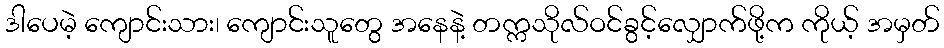
ဒါပေမဲ့ ကျောင်းသား၊ ကျောင်းသူတွေ အနေနဲ့ တက္ကသိုလ်ဝင်ခွင့်လျှောက်ဖို့က ကိုယ့် အမှတ်